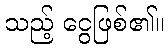
သည့် ငွေဖြစ်၏။